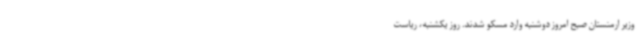
وزیر ارمنستان صبح امروز دوشنبه وارد مسکو شدند. روز یکشنبه، ریاست